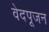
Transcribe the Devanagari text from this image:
वेदपूजन